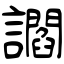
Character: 讇